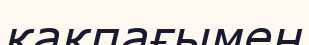
қақпағымен